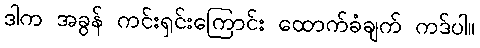
ဒါက အခွန် ကင်းရှင်းကြောင်း ထောက်ခံချက် ကဒ်ပါ။